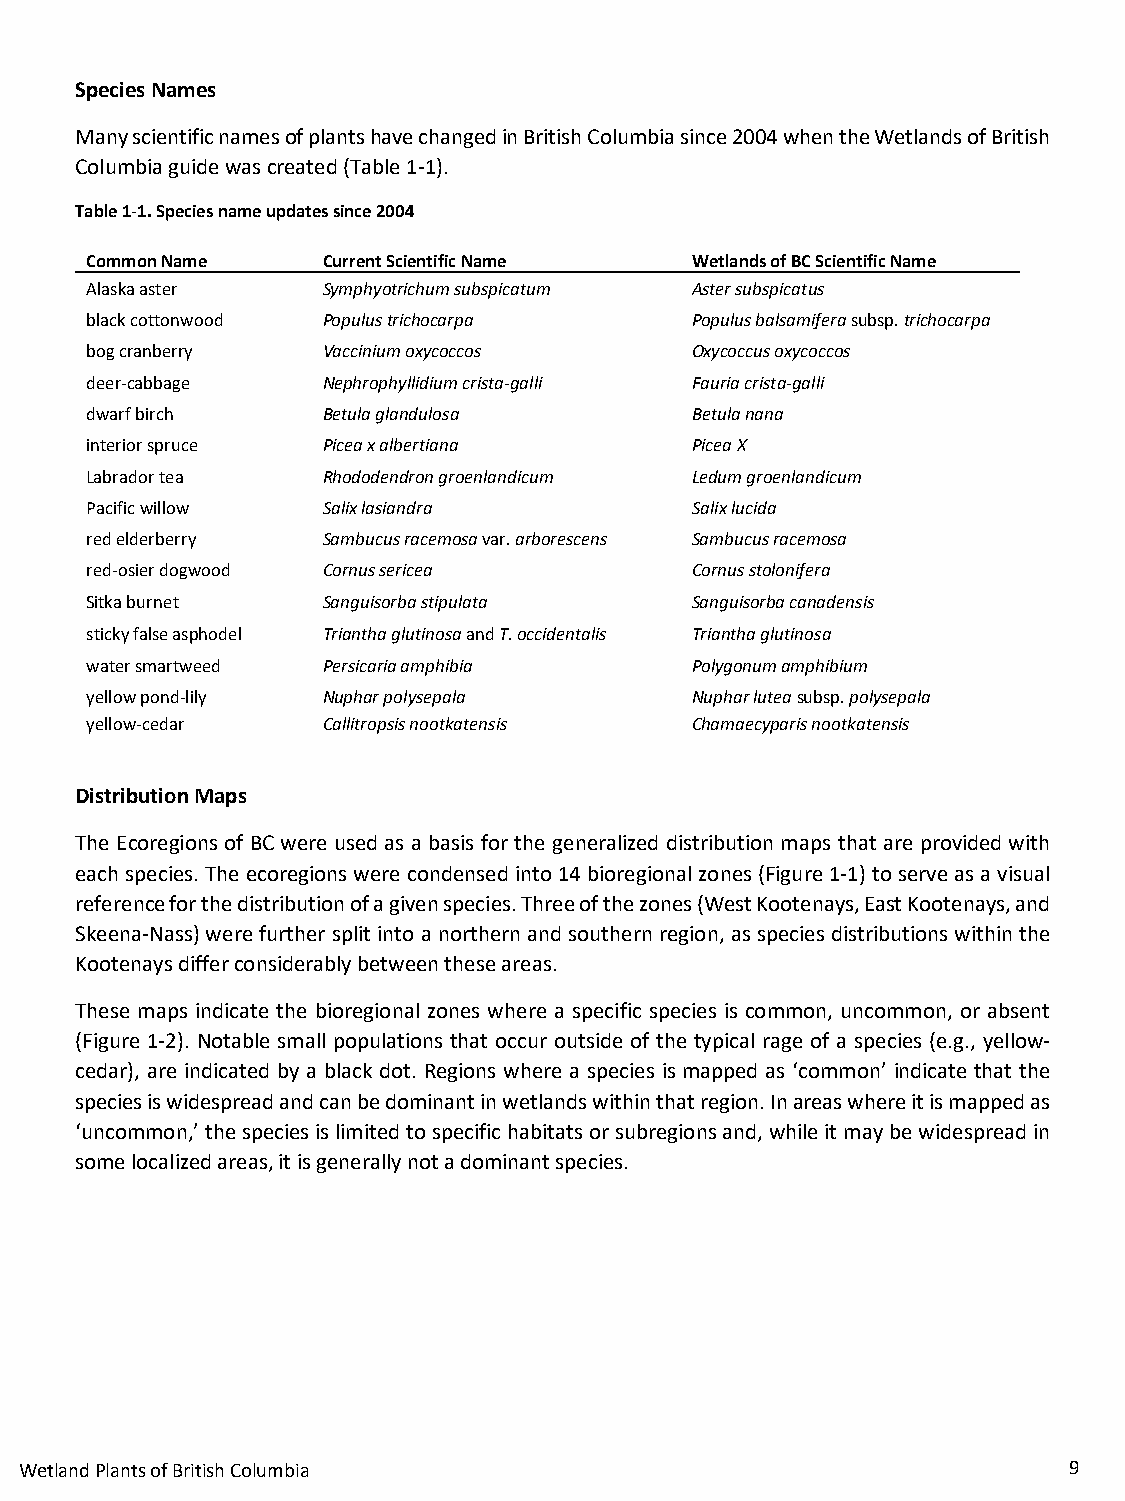
Species Names
 Many scientific names of plants have changed in British Columbia since 2004 when the Wetlands of British
 Columbia guide was created (Table 1-1).
 Table 1-1. Species name updates since 2004
 Common Name    Current Scientific Name  Wetlands of BC Scientific Name
 Alaska aster   Symphyotrichum subspicatum Aster subspicatus
 black cottonwood Populus trichocarpa    Populus balsamifera subsp. trichocarpa
 bog cranberry  Vaccinium oxycoccos      Oxycoccus oxycoccos
 deer-cabbage   Nephrophyllidium crista-galli Fauria crista-galli
 dwarf birch    Betula glandulosa        Betula nana
 interior spruce Picea x albertiana      Picea X
 Labrador tea   Rhododendron groenlandicum Ledum groenlandicum
 Pacific willow Salix lasiandra          Salix lucida
 red elderberry Sambucus racemosa var. arborescens Sambucus racemosa
 red-osier dogwood Cornus sericea        Cornus stolonifera
 Sitka burnet   Sanguisorba stipulata    Sanguisorba canadensis
 sticky false asphodel Triantha glutinosa and T. occidentalis Triantha glutinosa
 water smartweed Persicaria amphibia     Polygonum amphibium
 yellow pond-lily Nuphar polysepala      Nuphar lutea subsp. polysepala
 yellow-cedar   Callitropsis nootkatensis Chamaecyparis nootkatensis
 Distribution Maps
 The Ecoregions of BC were used as a basis for the generalized distribution maps that are provided with
 each species. The ecoregions were condensed into 14 bioregional zones (Figure 1-1) to serve as a visual
 reference for the distribution of a given species. Three of the zones (West Kootenays, East Kootenays, and
 Skeena-Nass) were further split into a northern and southern region, as species distributions within the
 Kootenays differ considerably between these areas.
 These maps indicate the bioregional zones where a specific species is common, uncommon, or absent
 (Figure 1-2). Notable small populations that occur outside of the typical rage of a species (e.g., yellow-
 cedar), are indicated by a black dot. Regions where a species is mapped as ‘common’ indicate that the
 species is widespread and can be dominant in wetlands within that region. In areas where it is mapped as
 ‘uncommon,’ the species is limited to specific habitats or subregions and, while it may be widespread in
 some localized areas, it is generally not a dominant species.
 Wetland Plants of British Columbia                                    9